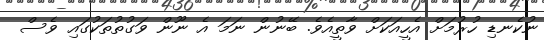
ނުކެނޑި ހުރުމަށް އެހީއަކަށް ވާތީއެވެ. ބޭނުން ނަމަ އެ ނޫން ވަގުތުތަކުގައި ވެސް